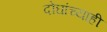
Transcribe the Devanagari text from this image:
दोघांच्‍याही